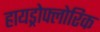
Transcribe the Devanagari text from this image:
हायड्रोफ्लोरिक